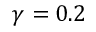
\gamma = 0 . 2